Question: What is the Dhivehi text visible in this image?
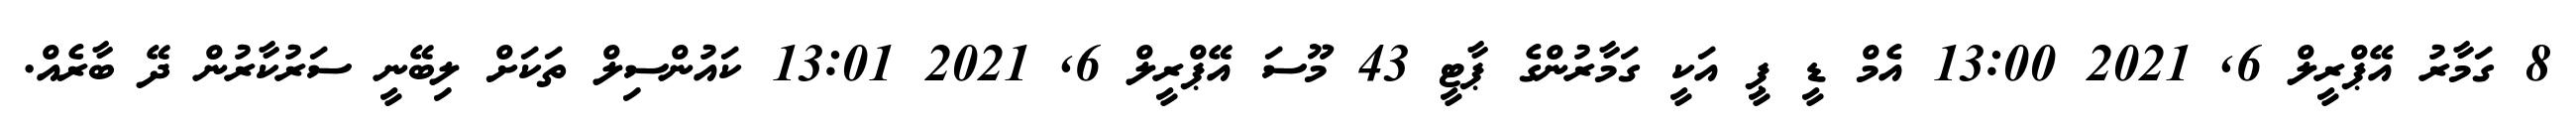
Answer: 8 ގަމާރު އޭޕްރީލް 6, 2021 13:00 އެމް ޑީ ޕީ އަކީ ގަމާރުންގެ ޕާޓީ 43 މޫސަ އޭޕްރީލް 6, 2021 13:01 ކައުންސިލް ތަކަށް ލިބޭނީ ސަރުކާރުން ދޭ ބާރެއް.